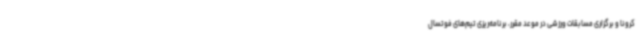
کرونا و برگزاری مسابقات ورزشی در موعد مقرر، برنامه‌ریزی تیم‌های فوتسال